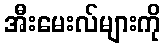
အီးမေးလ်များကို